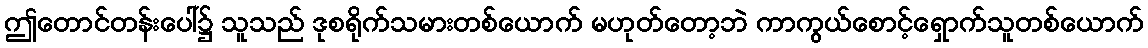
ဤတောင်တန်းပေါ်၌ သူသည် ဒုစရိုက်သမားတစ်ယောက် မဟုတ်တော့ဘဲ ကာကွယ်စောင့်ရှောက်သူတစ်ယောက်